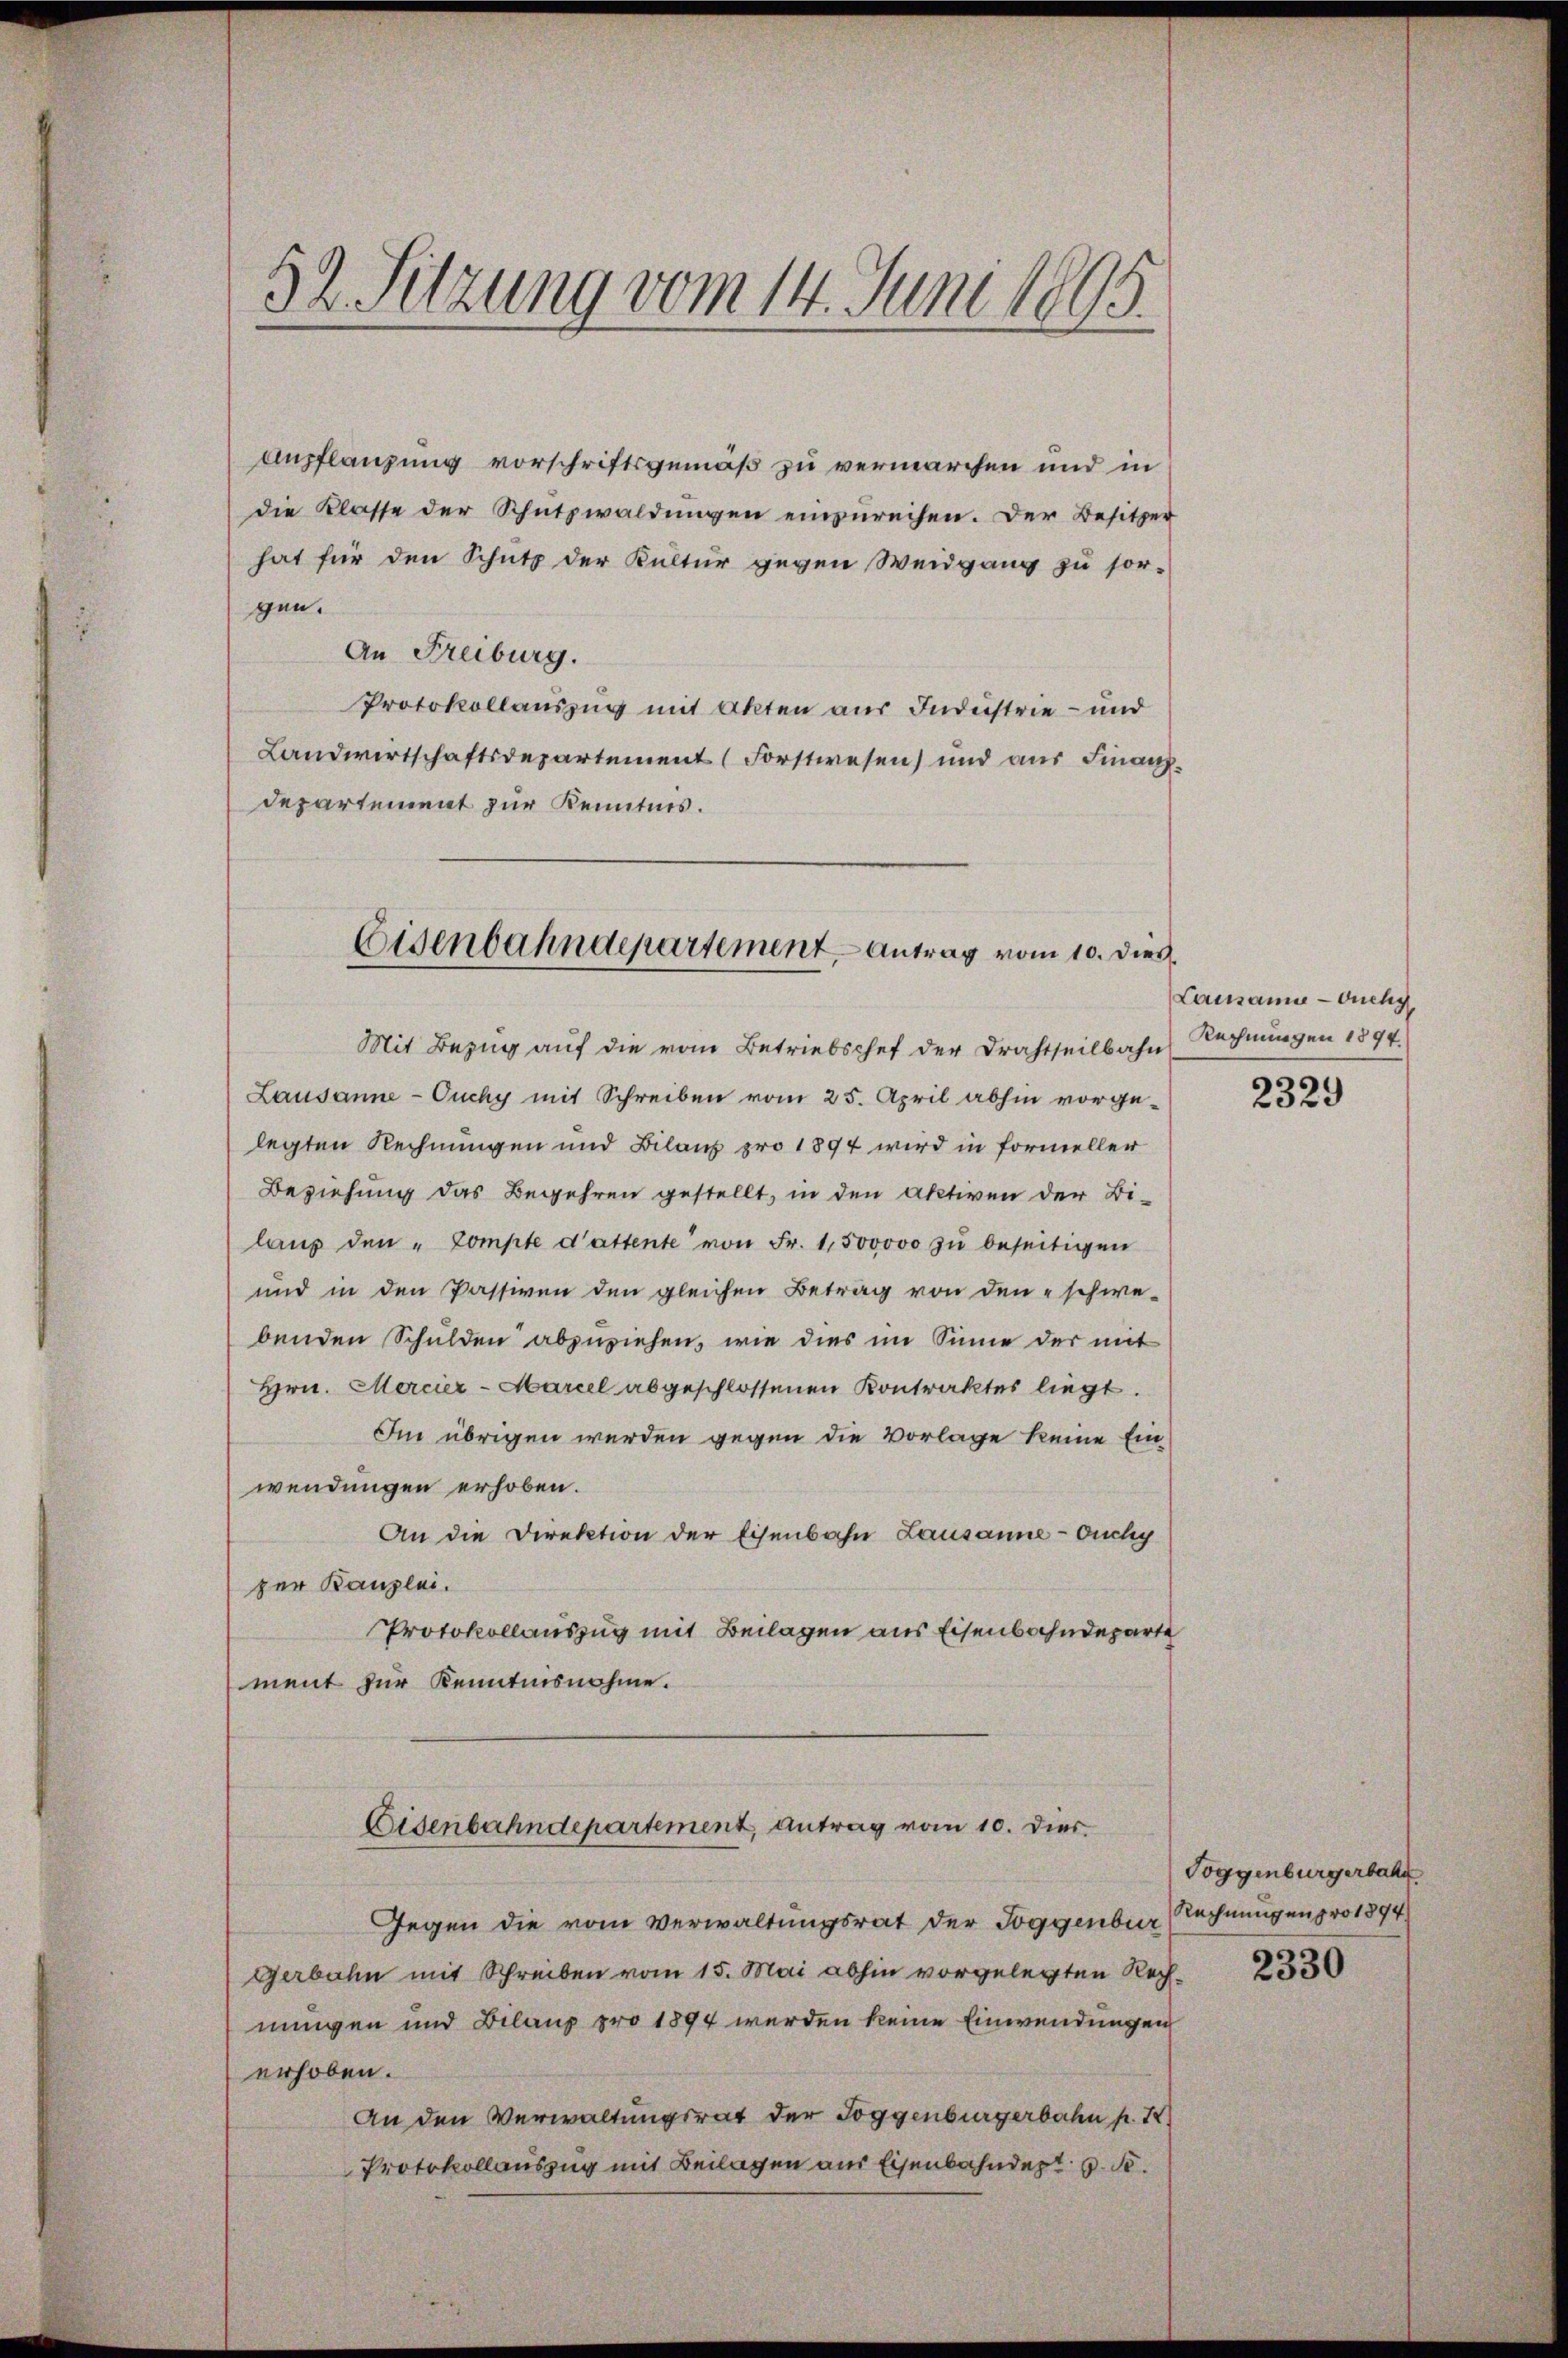
52 Sitzung vom 14. Juni 1895.

Anpflanzung vorschriftsgemäß zu vermarchen und in
die Klasse der Schutzwaldungen einzureichen. Der Besitzer
hat für den Schutz der Kultur gegen Weidgang zu sorgen.
An Freiburg.
Protokollauszug mit Akten aus Industrie - und
Landwirtschaftsdepartement (Forstwesen) und aus Finanzdepartement zur Kenntnis.
Mit Bezug auf die vom Betriebschef der Drahtseilbahn
Lausanne - Ouchy mit Schreiben vom 25. April abhin vorgelegten Rechnungen und Bilanz pro 1894 wird in Formeller
Beziehung das Begehren gestellt, in den Aktiven der Bi-
lauf den "Compte d’attente von Fr. 1,500000 zu beseitigen
und in den Passiven den gleichen Betrag von den schwe-
benden Schulden abzuziehen, wie dies im Sinne der mit
Hrn. Mercier-Marcel abgeschlossenen Kontraktes liegt.
Im übrigen werden gegen die Vorlage keine Ein-
wendungen erhoben.
An die Direktion der Eisenbahn Lausanne - Ouchy
zer Kanzlei.
Protokollauszug mit Beilagen aus Eisenbahndeparte
ment zur Kenntnisnahme.
Eisenbahndepartement, antrag vom 10. Dier.
Gegen die vom Verwaltungsrat der Toggenbur
Gerbahn mit Schreiben vom 15. Mai abhin vorgelegten Rechnungen und Belang pro 1894 werden keine Einwendungen
erhoben.
An den Verwaltungsrat der Toggenburgerbahn p. I.
Protokollauszug mit Beilagen aus Eisenbahndert u. S.

Eisenbahndepartement - Antrag vom 10. dies

Lausanne - Ouchy
Rechnungen 1894.

2329

Toggenburgerbahn
Rechnungengrot 894
2330